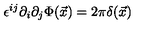
\epsilon ^ { i j } \partial _ { i } \partial _ { j } \Phi ( \vec { x } ) = 2 \pi \delta ( \vec { x } )